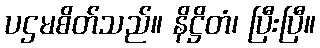
ပဌမစိတ်သည်။ နိဋ္ဌိတံ၊ ပြီးပြီ။